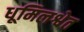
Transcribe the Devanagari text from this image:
धूमिलश्वेत